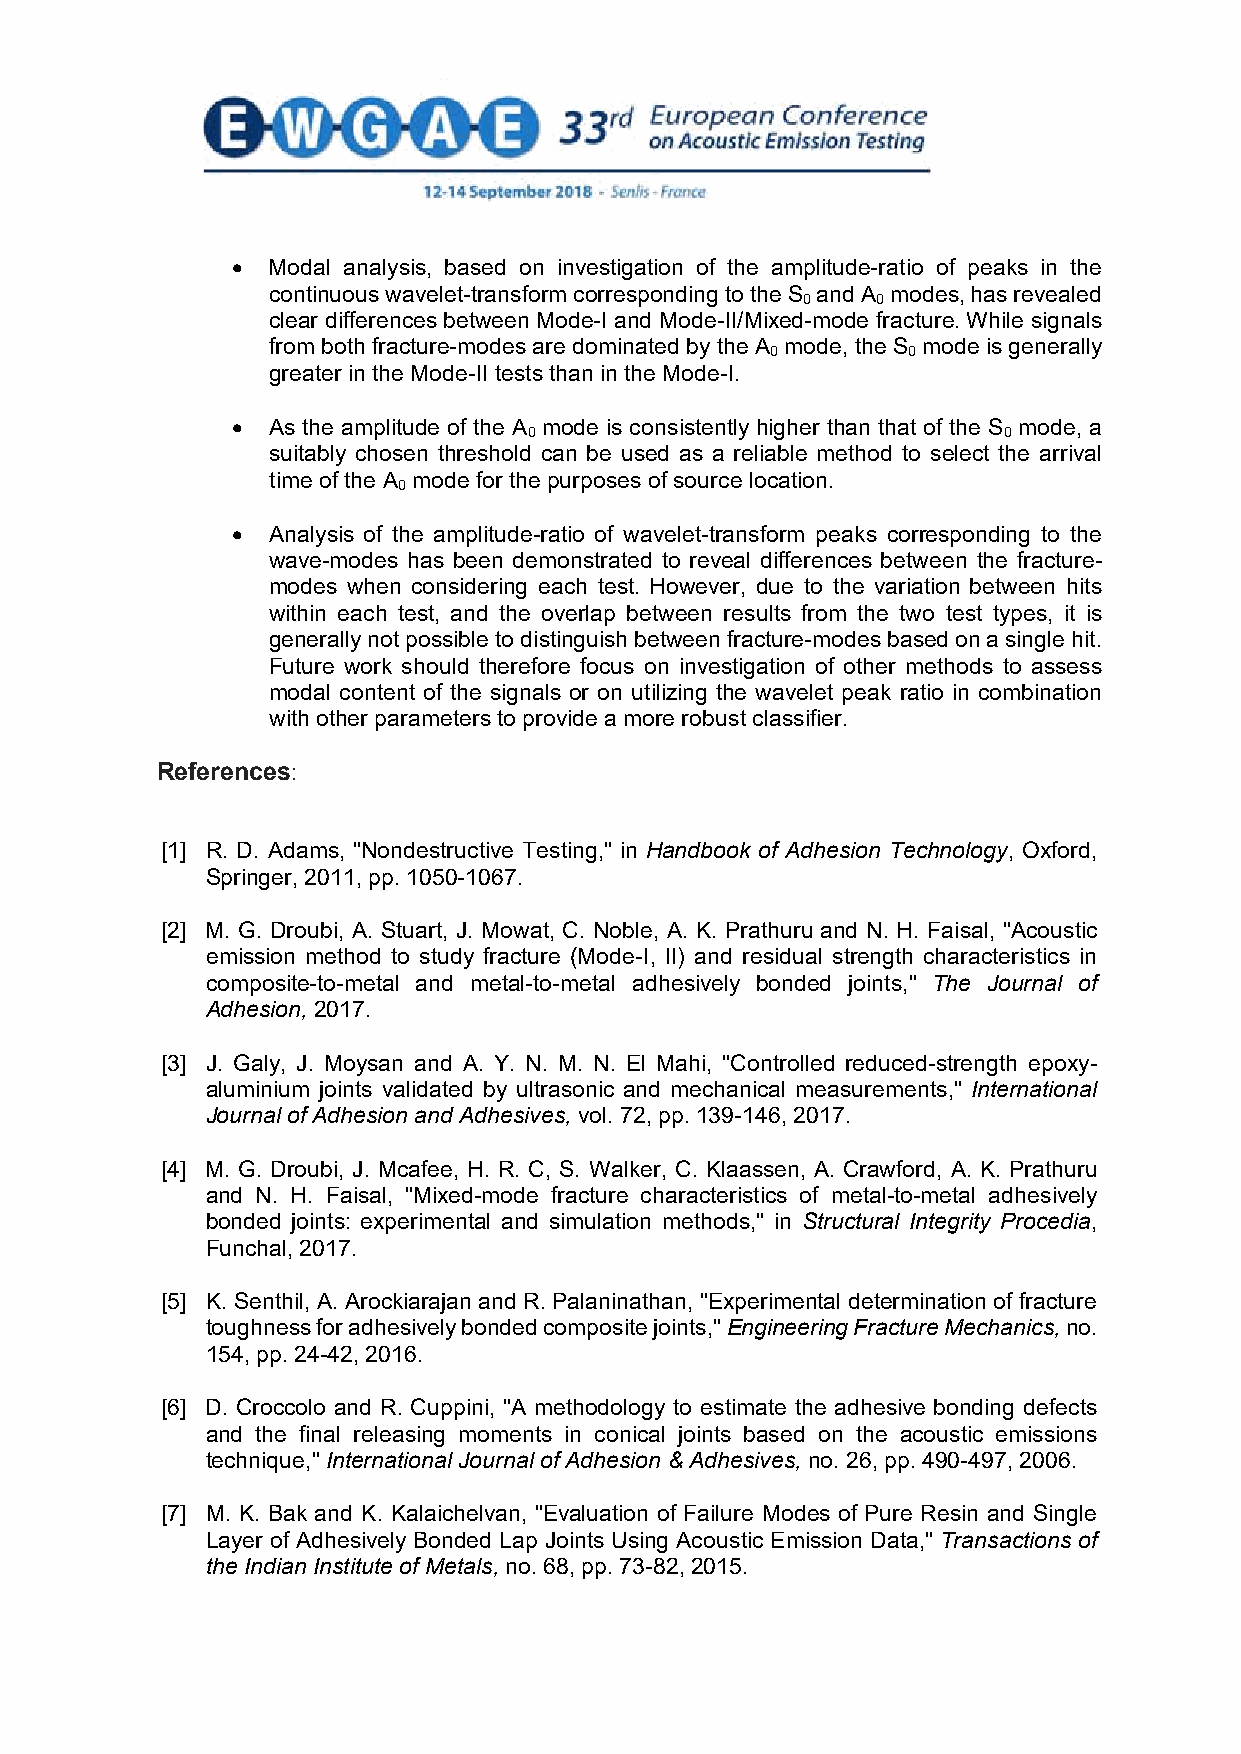
  Modal analysis, based on investigation of the amplitude-ratio of peaks in the
 continuous wavelet-transform corresponding to the S and A modes, has revealed
 0    0
 clear differences between Mode-I and Mode-II/Mixed-mode fracture. While signals
 from both fracture-modes are dominated by the A mode, the S mode is generally
 0        0
 greater in the Mode-II tests than in the Mode-I.
   As the amplitude of the A mode is consistently higher than that of the S mode, a
 0                              0
 suitably chosen threshold can be used as a reliable method to select the arrival
 time of the A mode for the purposes of source location.
 0
   Analysis of the amplitude-ratio of wavelet-transform peaks corresponding to the
 wave-modes has been demonstrated to reveal differences between the fracture-
 modes when considering each test. However, due to the variation between hits
 within each test, and the overlap between results from the two test types, it is
 generally not possible to distinguish between fracture-modes based on a single hit.
 Future work should therefore focus on investigation of other methods to assess
 modal content of the signals or on utilizing the wavelet peak ratio in combination
 with other parameters to provide a more robust classifier.
 References:
 [1] R. D. Adams, "Nondestructive Testing," in Handbook of Adhesion Technology, Oxford,
 Springer, 2011, pp. 1050-1067.
 [2] M. G. Droubi, A. Stuart, J. Mowat, C. Noble, A. K. Prathuru and N. H. Faisal, "Acoustic
 emission method to study fracture (Mode-I, II) and residual strength characteristics in
 composite-to-metal and metal-to-metal adhesively bonded joints," The Journal of
 Adhesion, 2017.
 [3] J. Galy, J. Moysan and A. Y. N. M. N. El Mahi, "Controlled reduced-strength epoxy-
 aluminium joints validated by ultrasonic and mechanical measurements," International
 Journal of Adhesion and Adhesives, vol. 72, pp. 139-146, 2017.
 [4] M. G. Droubi, J. Mcafee, H. R. C, S. Walker, C. Klaassen, A. Crawford, A. K. Prathuru
 and N. H. Faisal, "Mixed-mode fracture characteristics of metal-to-metal adhesively
 bonded joints: experimental and simulation methods," in Structural Integrity Procedia,
 Funchal, 2017.
 [5] K. Senthil, A. Arockiarajan and R. Palaninathan, "Experimental determination of fracture
 toughness for adhesively bonded composite joints," Engineering Fracture Mechanics, no.
 154, pp. 24-42, 2016.
 [6] D. Croccolo and R. Cuppini, "A methodology to estimate the adhesive bonding defects
 and the final releasing moments in conical joints based on the acoustic emissions
 technique," International Journal of Adhesion & Adhesives, no. 26, pp. 490-497, 2006.
 [7] M. K. Bak and K. Kalaichelvan, "Evaluation of Failure Modes of Pure Resin and Single
 Layer of Adhesively Bonded Lap Joints Using Acoustic Emission Data," Transactions of
 the Indian Institute of Metals, no. 68, pp. 73-82, 2015.
 10